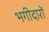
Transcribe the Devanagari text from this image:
भगीदारों